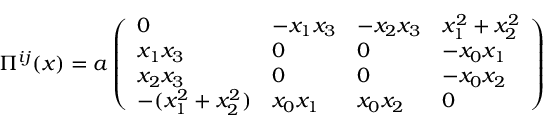
\Pi ^ { i j } ( x ) = a \left( \begin{array} { l l l l } { { 0 } } & { { - x _ { 1 } x _ { 3 } } } & { { - x _ { 2 } x _ { 3 } } } & { { x _ { 1 } ^ { 2 } + x _ { 2 } ^ { 2 } } } \\ { { x _ { 1 } x _ { 3 } } } & { { 0 } } & { { 0 } } & { { - x _ { 0 } x _ { 1 } } } \\ { { x _ { 2 } x _ { 3 } } } & { { 0 } } & { { 0 } } & { { - x _ { 0 } x _ { 2 } } } \\ { { - ( x _ { 1 } ^ { 2 } + x _ { 2 } ^ { 2 } ) } } & { { x _ { 0 } x _ { 1 } } } & { { x _ { 0 } x _ { 2 } } } & { { 0 } } \end{array} \right)